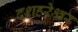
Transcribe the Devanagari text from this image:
दशहरेश्वर